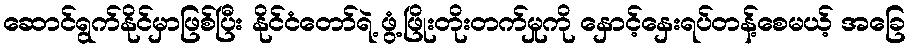
ဆောင်ရွက်နိုင်မှာဖြစ်ပြီး နိုင်ငံတော်ရဲ့ ဖွံ့ဖြိုးတိုးတက်မှုကို နှောင့်နှေးရပ်တန့်စေမယ့် အခြေ